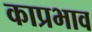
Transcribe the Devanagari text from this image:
काप्रभाव